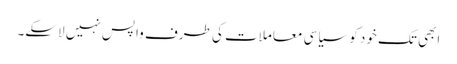
ابھی تک خود کو سیاسی معاملات کی طرف واپس نہیں لاسکے۔